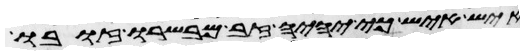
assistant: איש איש כי יהיה זב מבשרו זובו